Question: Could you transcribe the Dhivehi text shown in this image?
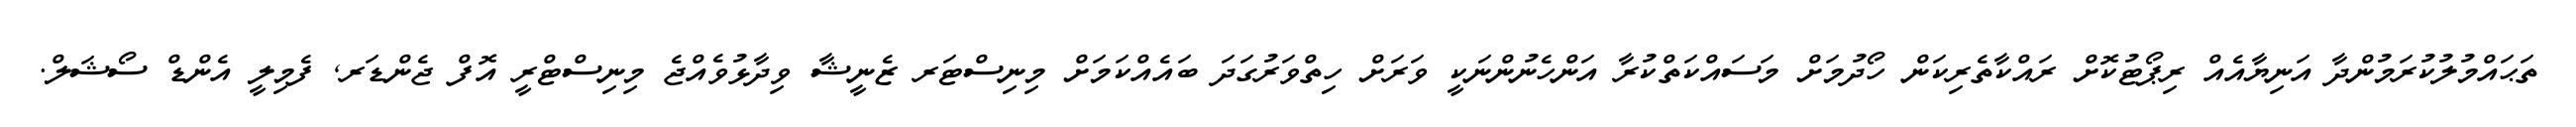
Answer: ތަޙައްމުލުކުރަމުންދާ އަނިޔާއެއް ރިޕޯޓުކޮށް ރައްކާތެރިކަން ހޯދުމަށް މަސައްކަތްކުރާ އަންހެނުންނަކީ ވަރަށް ހިތްވަރުގަދަ ބައެއްކަމަށް މިނިސްޓަރ ޒެނީޝާ ވިދާޅުވެއްޖެ މިނިސްޓްރީ އޮފް ޖެންޑަރ, ފެމިލީ އެންޑް ސޯޝަލް.